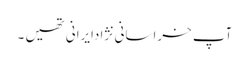
آپ خراسانی نژادایرانی تھیں ۔